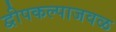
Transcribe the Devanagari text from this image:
द्वीपकल्पाजवळ